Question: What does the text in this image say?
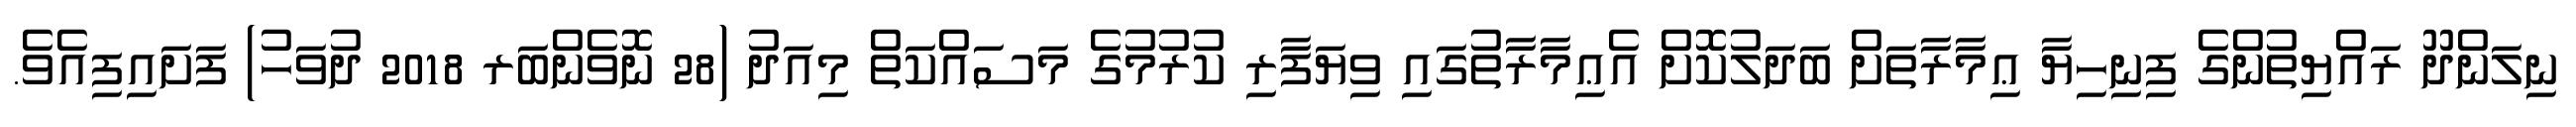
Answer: ނިލަންދޫ ރައްޔިތުންގެ ފިނިހިޔާ ޢިމާރާތަށް ބަދަލުކޮށް އެޢިމާރާތުގައި ވިޔަފާރި ކުރުމުގެ މަސައްކަތް މިއަދު (28 ނޮވެންބަރ 2018 ދުވަހު) ފަށައިފިއެވެ.